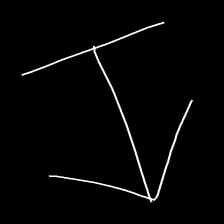
Glyph: levitation